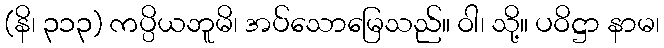
(နိ၊ ၃၁၃) ကပ္ပိယဘူမိ၊ အပ်သောမြေသည်။ ဝါ၊ သို့။ ပဝိဋ္ဌာ နာမ၊